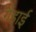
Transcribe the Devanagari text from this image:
गैहाई